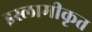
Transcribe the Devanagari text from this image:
इस्लामीकृत